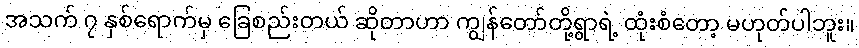
အသက် ၇ နှစ်ရောက်မှ ခြေစည်းတယ် ဆိုတာဟာ ကျွန်တော်တို့ရွာရဲ့ ထုံးစံတော့ မဟုတ်ပါဘူး။